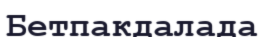
Бетпакдалада